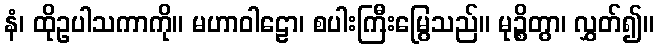
နံ၊ ထိုဥပါသကာကို။ မဟာဝါဠော၊ စပါးကြီးမြွေသည်။ မုဉ္စိတွာ၊ လွှတ်၍။